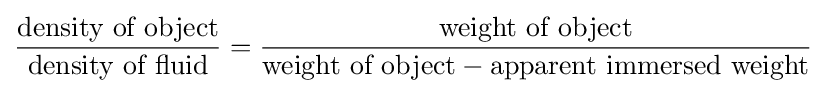
{\frac {\text{density of object}}{\text{density of fluid}}}={\frac {\text{weight of object}}{{\text{weight of object}}-{\text{apparent immersed weight}}}}